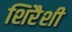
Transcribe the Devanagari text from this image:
शिरैशी